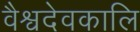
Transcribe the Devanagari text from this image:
वैश्वदेवकालि